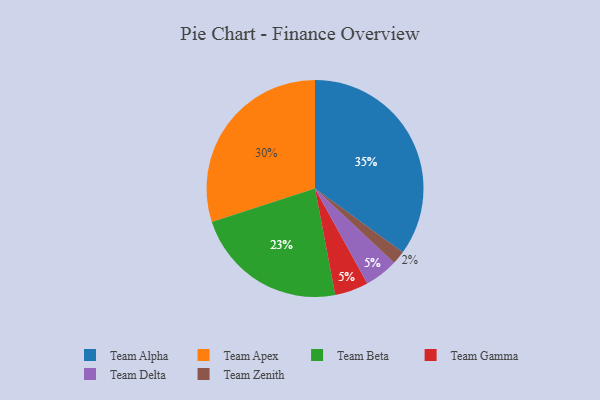
{"axis": {"x": "Category", "y": "Percentage"}, "legend": ["Team Alpha", "Team Apex", "Team Beta", "Team Delta", "Team Gamma", "Team Zenith"], "data": [{"x": "Team Apex", "y": 30, "type": "Team Apex"}, {"x": "Team Gamma", "y": 5, "type": "Team Gamma"}, {"x": "Team Delta", "y": 5, "type": "Team Delta"}, {"x": "Team Zenith", "y": 2, "type": "Team Zenith"}, {"x": "Team Alpha", "y": 35, "type": "Team Alpha"}, {"x": "Team Beta", "y": 23, "type": "Team Beta"}]}